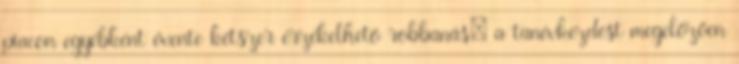
piacon egyébként évente kétszer érzékelhető robbanás: a tanévkezdést megelőzően